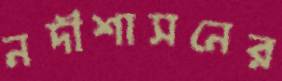
নদীশাসনের